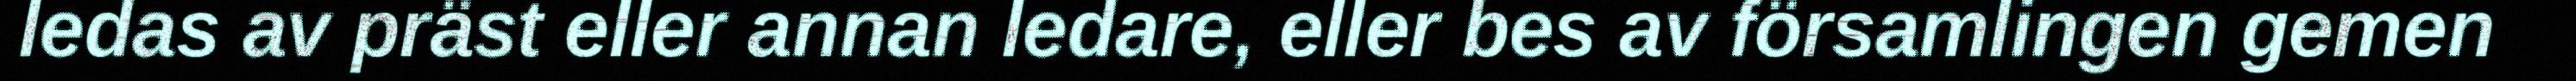
ledas av präst eller annan ledare, eller bes av församlingen gemen